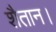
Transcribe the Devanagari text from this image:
शैतान।